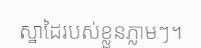
ស្នាដៃរបស់ខ្លួនភ្លាមៗ។